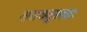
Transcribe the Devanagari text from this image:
समचतुरस्राः